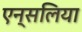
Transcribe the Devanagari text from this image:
एन्सलिया